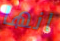
انها